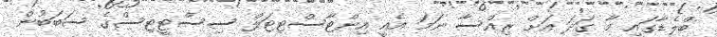
ބްލެޑާގައި މާ ގަދަ އަށް ރިއްސާ ނަމަ އެއީ އިންޓާސްޓިޓަލް ސިސްޓީޓިސްގެ ސަބަބުން